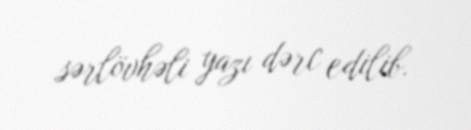
sərlövhəli yazı dərc edilib.